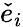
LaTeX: {\check{e}}_{i}